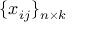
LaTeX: \{ x _ { i j } \} _ { n \times k }